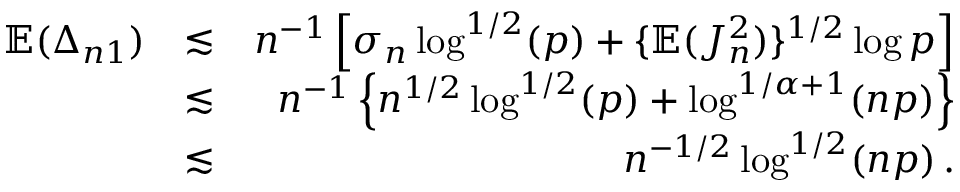
\begin{array} { r l r } { { \mathbb { E } } ( \Delta _ { n 1 } ) } & { \lesssim } & { n ^ { - 1 } \left[ \sigma _ { n } \log ^ { 1 / 2 } ( p ) + \{ { \mathbb { E } } ( J _ { n } ^ { 2 } ) \} ^ { 1 / 2 } \log p \right] } \\ & { \lesssim } & { n ^ { - 1 } \left\{ n ^ { 1 / 2 } \log ^ { 1 / 2 } ( p ) + \log ^ { 1 / \alpha + 1 } ( n p ) \right\} } \\ & { \lesssim } & { n ^ { - 1 / 2 } \log ^ { 1 / 2 } ( n p ) \, . } \end{array}